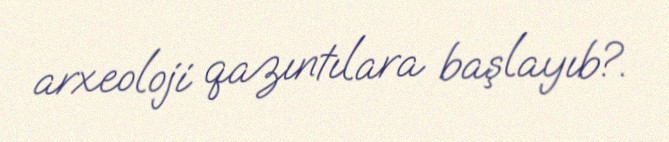
arxeoloji qazıntılara başlayıb?.